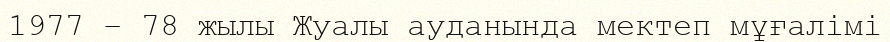
1977 – 78 жылы Жуалы ауданында мектеп мұғалімі